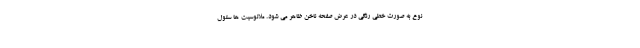
نوع به صورت خطی رنگی در عرض صفحه ناخن ظاهر می شود. ملانوسیت ها سلول